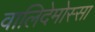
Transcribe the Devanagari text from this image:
वालिदेमोस्सा